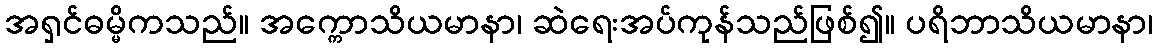
အရှင်ဓမ္မိကသည်။ အက္ကောသိယမာနာ၊ ဆဲရေးအပ်ကုန်သည်ဖြစ်၍။ ပရိဘာသိယမာနာ၊